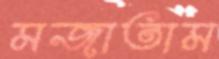
মজাতাম